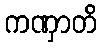
ကဏှာတိ